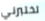
تختبرني